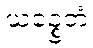
ယဉ္စေတံ